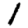
Digit: 1